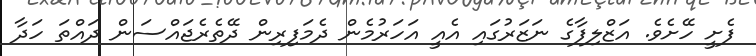
ފެށީ ހޭށެވެ. އަޒްލިފާގެ ނަޒަރުގައި އެއީ އަހަރުމެން ދެމަފިރިން ދޭތެރެޖައްސަން ދައްތަ ހަދާ